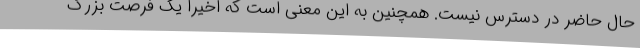
حال حاضر در دسترس نیست. همچنین به این معنی است که اخیراً یک فرصت بزرگ